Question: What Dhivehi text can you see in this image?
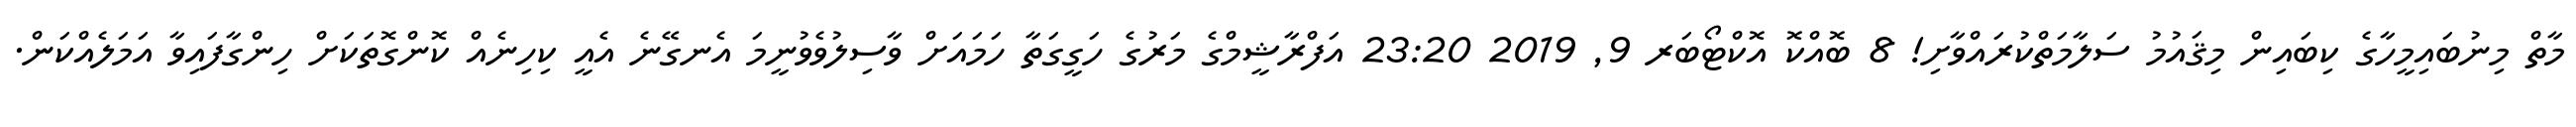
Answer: މާތް މިނުބައިމީހާގެ ކިބައިން މިޤައުމު ސަލާމަތްކުރައްވާށި! 8 ބޮއްކޮ އޮކްޓޯބަރ 9, 2019 23:20 އަފްރާޝީމްގެ މަރުގެ ހަގީގަތާ ހަމައަށް ވާސިލުވެވުނީމަ އެނގޭނެ އެއީ ކިހިނެއް ކޮންގޮތަކަށް ހިންގާފައިވާ އަމަލެއްކަން.